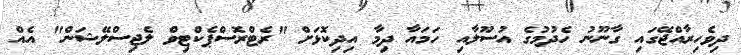
ދިވެހިރާއްޖޭގައި ގާނޫނު ހެދުމުގެ އުސޫލާއި ހަމައާ ދިމާ އިދިކޮޅަށް "ރެޓްރޮސްޕެކްޓިވް ލެޖިސްލޭޝަން" އެއް